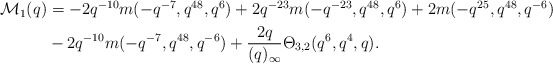
\begin{align*} \begin{aligned}\mathcal{M}_1(q)& = -2q^{-10} m(-q^{-7}, q^{48}, q^6) + 2q^{-23} m(-q^{-23}, q^{48}, q^6) + 2m(-q^{25}, q^{48}, q^{-6}) \\& - 2q^{-10} m(-q^{-7}, q^{48}, q^{-6}) + \frac{2q}{(q)_{\infty}} \Theta_{3,2}(q^6, q^4, q).\end{aligned}\end{align*}